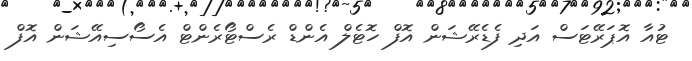
ޓުއާ އޮޕަރޭޓަސް އަދި ފެޑެރޭޝަން އޮފް ހޮޓެލް އެންޑް ރެސްޓޯރެންޓް އެސޯސިއޭޝަން އޮފް